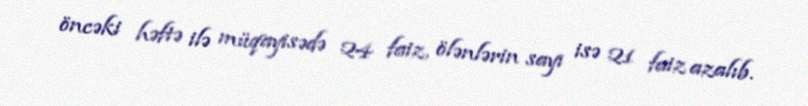
öncəki həftə ilə müqayisədə 24 faiz, ölənlərin sayı isə 21 faiz azalıb.